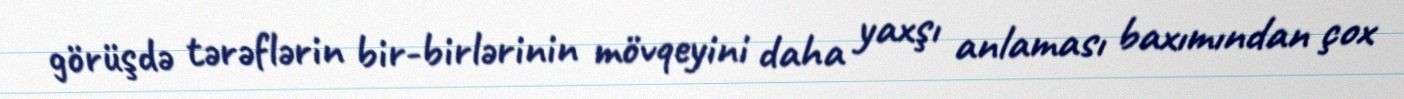
görüşdə tərəflərin bir-birlərinin mövqeyini daha yaxşı anlaması baxımından çox